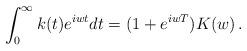
LaTeX: \begin{align*}\int_{0}^{\infty} k(t)e^{iw t}dt= (1+e^{iw T})K(w)\,.\end{align*}